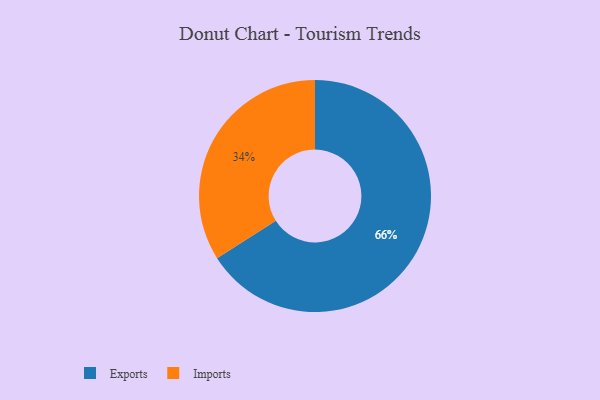
{"axis": {"x": "Category", "y": "Percentage"}, "legend": ["Exports", "Imports"], "data": [{"x": "Exports", "y": 66, "type": "Exports"}, {"x": "Imports", "y": 34, "type": "Imports"}]}